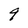
Character: 9